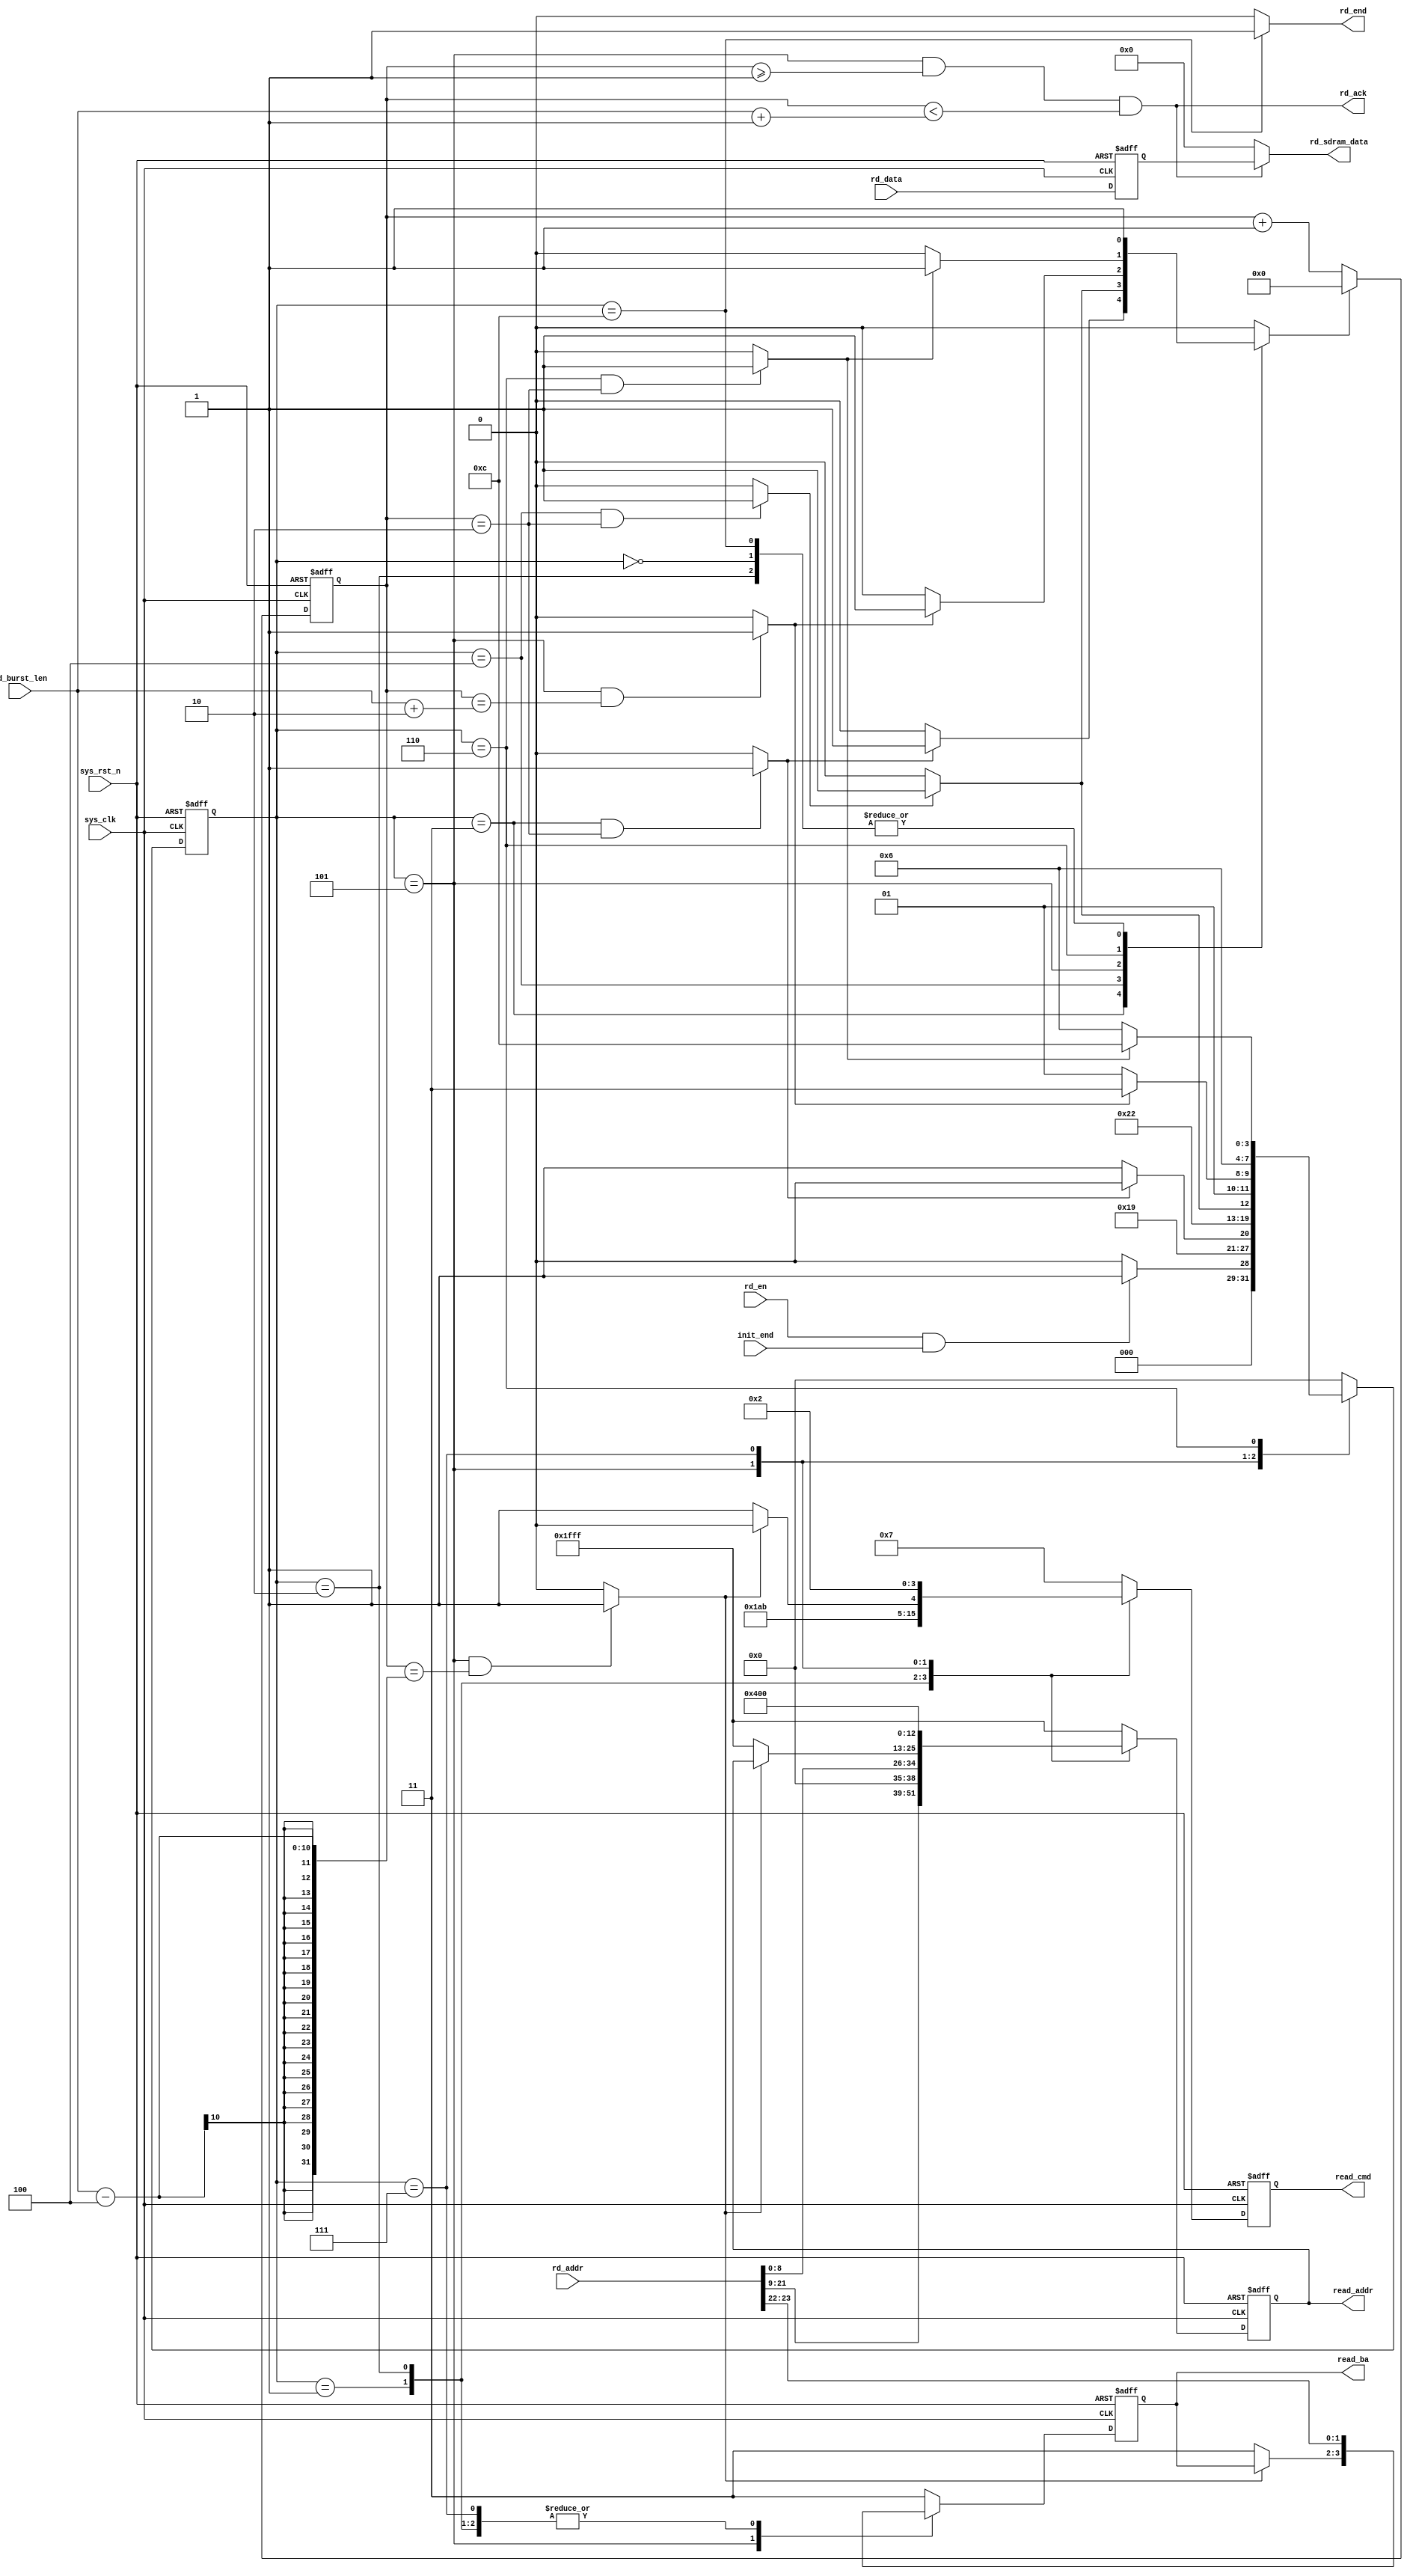
`timescale  1ns/1ns
////////////////////////////////////////////////////////////////////////
// Module Name   : sdram_read
// Project Name  : ov5640_vga_640x480
// Target Devices: Altera EP4CE10F17C8N
// Tool Versions : Quartus 13.0
// Description   : SDRAM
// 
// Revision      : V1.0
// Additional Comments:
// 
// : _Pro_FPGA
//     : http://www.embedfire.com
//     : http://www.firebbs.cn
//     : https://fire-stm32.taobao.com
////////////////////////////////////////////////////////////////////////

module  sdram_read
(
    input   wire            sys_clk         ,   //,100MHz
    input   wire            sys_rst_n       ,   //,
    input   wire            init_end        ,   //
    input   wire            rd_en           ,   //
    input   wire    [23:0]  rd_addr         ,   //SDRAM
    input   wire    [15:0]  rd_data         ,   //SDRAM
    input   wire    [9:0]   rd_burst_len    ,   //SDRAM

    output  wire            rd_ack          ,   //SDRAM
    output  wire            rd_end          ,   //
    output  reg     [3:0]   read_cmd        ,   //sdram,{cs_n,ras_n,cas_n,we_n}
    output  reg     [1:0]   read_ba         ,   //Bank
    output  reg     [12:0]  read_addr       ,   //,,,A12-A0,13
    output  wire    [15:0]  rd_sdram_data       //SDRAM
);

//********************************************************************//
//****************** Parameter and Internal Signal *******************//
//********************************************************************//

//parameter     define
parameter   TRCD_CLK    =   10'd2   ,   //
            TCL_CLK     =   10'd3   ,   //
            TRP_CLK     =   10'd2   ;   //
parameter   RD_IDLE     =   4'b0000 ,   //
            RD_ACTIVE   =   4'b0001 ,   //
            RD_TRCD     =   4'b0011 ,   //
            RD_READ     =   4'b0010 ,   //
            RD_CL       =   4'b0100 ,   //
            RD_DATA     =   4'b0101 ,   //
            RD_PRE      =   4'b0111 ,   //
            RD_TRP      =   4'b0110 ,   //
            RD_END      =   4'b1100 ;   //
parameter   NOP         =   4'b0111 ,   //
            ACTIVE      =   4'b0011 ,   //
            READ        =   4'b0101 ,   //
            B_STOP      =   4'b0110 ,   //
            P_CHARGE    =   4'b0010 ;   //

//wire  define
wire            trcd_end    ;   //
wire            trp_end     ;   //
wire            tcl_end     ;   //
wire            tread_end   ;   //
wire            rdburst_end ;   //

//reg   define
reg     [3:0]   read_state  ;   //SDRAM
reg     [9:0]   cnt_clk     ;   //,
reg             cnt_clk_rst ;   //
reg     [15:0]  rd_data_reg ;

//********************************************************************//
//***************************** Main Code ****************************//
//********************************************************************//

//rd_data_reg
always@(posedge sys_clk or negedge sys_rst_n)
    if(sys_rst_n == 1'b0)
        rd_data_reg <=  16'd0;
    else
        rd_data_reg <=  rd_data;

//rd_end:
assign  rd_end = (read_state == RD_END) ? 1'b1 : 1'b0;

//rd_ack:SDRAM
assign  rd_ack = (read_state == RD_DATA)
                && (cnt_clk >= 10'd1)
                && (cnt_clk < (rd_burst_len + 2'd1));

//cnt_clk:,
always@(posedge sys_clk or negedge sys_rst_n)
    if(sys_rst_n == 1'b0)
        cnt_clk <=  10'd0;
    else    if(cnt_clk_rst == 1'b1)
        cnt_clk <=  10'd0;
    else
        cnt_clk <=  cnt_clk + 1'b1;

//trcd_end,trp_end,tcl_end,tread_end,rdburst_end:
assign  trcd_end    =   ((read_state == RD_TRCD)
                        && (cnt_clk == TRCD_CLK        )) ? 1'b1 : 1'b0;    //
assign  trp_end     =   ((read_state == RD_TRP )
                        && (cnt_clk == TRP_CLK         )) ? 1'b1 : 1'b0;    //
assign  tcl_end     =   ((read_state == RD_CL  )
                        && (cnt_clk == TCL_CLK - 1     )) ? 1'b1 : 1'b0;    //
assign  tread_end   =   ((read_state == RD_DATA)
                        && (cnt_clk == rd_burst_len + 2)) ? 1'b1 : 1'b0;    //
assign  rdburst_end =   ((read_state == RD_DATA)
                        && (cnt_clk == rd_burst_len - 4)) ? 1'b1 : 1'b0;    //

//read_state:SDRAM
always@(posedge sys_clk or negedge sys_rst_n)
    if(sys_rst_n == 1'b0)
            read_state  <=  RD_IDLE;
    else
        case(read_state)
            RD_IDLE:
                if((rd_en ==1'b1) && (init_end == 1'b1))
                        read_state <=  RD_ACTIVE;
                else
                        read_state <=  RD_IDLE;
            RD_ACTIVE:
                read_state <=  RD_TRCD;
            RD_TRCD:
                if(trcd_end == 1'b1)
                    read_state <=  RD_READ;
                else
                    read_state <=  RD_TRCD;
            RD_READ:
                read_state <=  RD_CL;
            RD_CL:
                read_state <=  (tcl_end == 1'b1) ? RD_DATA : RD_CL;
            RD_DATA:
                read_state <=  (tread_end == 1'b1) ? RD_PRE : RD_DATA;
            RD_PRE:
                read_state  <=  RD_TRP;
            RD_TRP:
                read_state  <=  (trp_end == 1'b1) ? RD_END : RD_TRP;
            RD_END:
                read_state  <=  RD_IDLE;
            default:
                read_state  <=  RD_IDLE;
        endcase

//
always@(*)
    begin
        case(read_state)
            RD_IDLE:    cnt_clk_rst   <=  1'b1;
            RD_TRCD:    cnt_clk_rst   <=  (trcd_end == 1'b1) ? 1'b1 : 1'b0;
            RD_READ:    cnt_clk_rst   <=  1'b1;
            RD_CL:      cnt_clk_rst   <=  (tcl_end == 1'b1) ? 1'b1 : 1'b0;
            RD_DATA:    cnt_clk_rst   <=  (tread_end == 1'b1) ? 1'b1 : 1'b0;
            RD_TRP:     cnt_clk_rst   <=  (trp_end == 1'b1) ? 1'b1 : 1'b0;
            RD_END:     cnt_clk_rst   <=  1'b1;
            default:    cnt_clk_rst   <=  1'b0;
        endcase
    end

//SDRAM
always@(posedge sys_clk or negedge sys_rst_n)
    if(sys_rst_n == 1'b0)
        begin
            read_cmd    <=  NOP;
            read_ba     <=  2'b11;
            read_addr   <=  13'h1fff;
        end
    else
        case(read_state)
            RD_IDLE,RD_TRCD,RD_TRP:
                begin
                    read_cmd    <=  NOP;
                    read_ba     <=  2'b11;
                    read_addr   <=  13'h1fff;
                end
            RD_ACTIVE:  //
                begin
                    read_cmd    <=  ACTIVE;
                    read_ba     <=  rd_addr[23:22];
                    read_addr   <=  rd_addr[21:9];
                end
            RD_READ:    //
                begin
                    read_cmd    <=  READ;
                    read_ba     <=  rd_addr[23:22];
                    read_addr   <=  {4'b0000,rd_addr[8:0]};
                end
            RD_DATA:    //
                begin
                    if(rdburst_end == 1'b1)
                        read_cmd <=  B_STOP;
                    else
                        begin
                            read_cmd    <=  NOP;
                            read_ba     <=  2'b11;
                            read_addr   <=  13'h1fff;
                        end
                end
            RD_PRE:     //
                begin
                    read_cmd    <= P_CHARGE;
                    read_ba     <= rd_addr[23:22];
                    read_addr   <= 13'h0400;
                end
            RD_END:
                begin
                    read_cmd    <=  NOP;
                    read_ba     <=  2'b11;
                    read_addr   <=  13'h1fff;
                end
            default:
                begin
                    read_cmd    <=  NOP;
                    read_ba     <=  2'b11;
                    read_addr   <=  13'h1fff;
                end
        endcase

//rd_sdram_data:SDRAM
assign  rd_sdram_data = (rd_ack == 1'b1) ? rd_data_reg : 16'b0;

endmodule